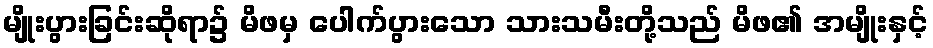
မျိုးပွားခြင်းဆိုရာ၌ မိဖမှ ပေါက်ပွားသော သားသမီးတို့သည် မိဖ၏ အမျိုးနှင့်